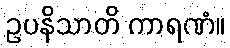
ဥပနိသာတိ ကာရဏံ။